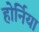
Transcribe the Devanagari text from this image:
होर्निया